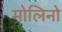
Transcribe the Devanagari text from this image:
मोलिनो